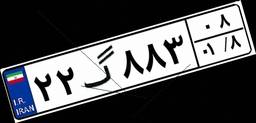
۲۲گ۸۸۳۰۸